Vaccination in Burma 1889-1999 - 1889-1999
Year: 1889
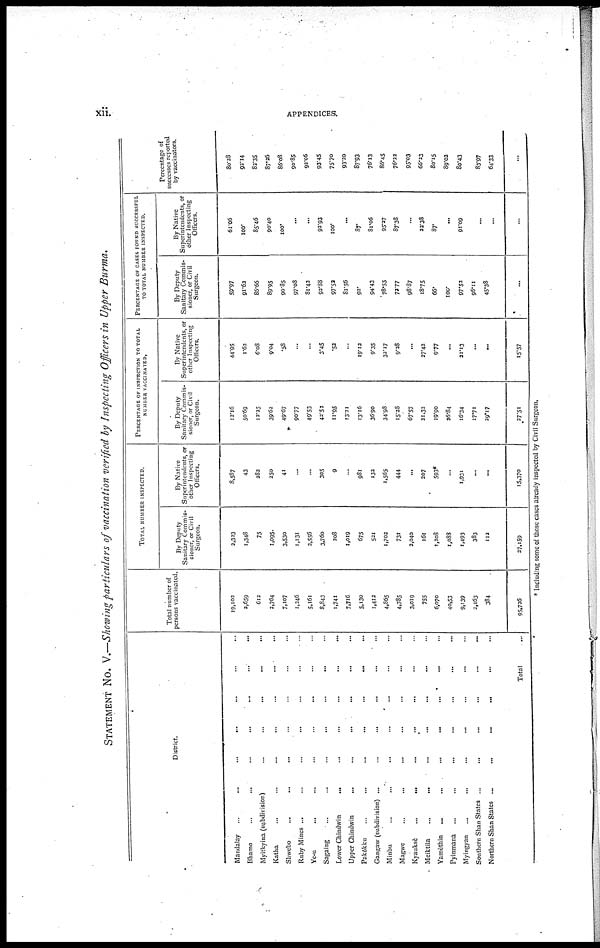
xii.
APPENDICES.
STATEMENT NO. V.—Showing particulars of vaccination verified by Inspecting Officers in Upper Burma.
District.
Mandalay
...
...
...
... ... ... ...
Bhamo
...
...
...
...
...
...
...
Myitkyina (subdivision)
...
...
...
...
...
Katha ... ... ... ... ... ... ...
Shwebo ... ... ... ... ... ... ...
Ruby Mines ... ... ... ... ... ...
Ye-u ... ... ... ... ... ... ...
Sagaing ... ... ... ... ... ... ...
Lower Chindwin
...
...
...
...
...
...
Upper Chindwin
...
...
...
... ... ...
Pakôkku ... ... ... ... ... ... ...
Gangaw (subdivision) ...
...
...
... ... ...
Minbu
...
...
... ... ... ... ...
Magwe
...
...
...
...
...
...
Kyauksè
...
...
...
... ... ... ...
Meiktila
...
...
...
...
...
... ...
Yamèthin
...
...
...
...
... ... ...
Pyinmana ...
...
...
...
...
... ...
Myingyan
...
...
...
...
...
...
Southern Shan States ... ... ... ... ... ...
Northern Shan States ...
...
...
... ... ...
Total ...
Total number of
persons vaccinated.
19,102
2,659
612
2,764
7,107
1,246
5,161
8,843
1,741
7,716
5,130
1,412
4,865
4,785
3,019
755
6,070
40,53
9,139
2,163
384
95,726
TOTAL NUMBER INSPECTED.
By Deputy
Sanitary Commis-
sioner, or Civil
Surgeon.
2,323
1,348
75
1,095
3,530
1,131
2,556
3,760
208
1,019
675
521
1,702
731
2,040
161
1,208
1,088
1,493
383
112
27,159
By Native
Superintendents, or
other Inspecting
Officers.
8,587
43
282
250
41
...
...
305
9
...
981
132
1,565
444
...
207
593*
...
1,931
...
...
15,370
PERCENTAGE OF INSPECTION TO TOTAL
NUMBER VACCINATED.
By Deputy
Sanitary Commis-
sioner, or Civil
Surgeon.
12.16
50.69
12.25
39.62
49.67
90.77
49.53
42.53
11.95
13.21
13.16
36.90
34.98
15.28
67.57
21.32
19.90
26.84
16.34
17.71
29.17
27.51
By Native
Superintendents, or
other Inspecting
Officers.
44.95
1.62
6.08
9.04
.58
...
...
3.45
.52
...
19.12
9.35
32.17
9.28
...
27.42
9.77
...
21.13
...
...
15.57
PERCENTAGE OF CASES FOUND SUCCESSFUL
TO TOTAL NUMBER INSPECTED.
By Deputy
Sanitary Commis-
sioner, or Civil
Surgeon.
59.97
91.62
86.66
89.95
90.85
97.08
81.43
92.88
97.53
81.56
92.
94.43
78.55
72.77
98.87
18.75
66.
100.
97.52
96.11
45.38
...
By Native
Superintendents, or
other Inspecting
Officers.
61.06
100.
85.46
90.40
100.
...
...
93.93
100.
...
87.
81.06
95.37
87.38
...
23.38
87.
...
91.09
...
...
Percentage of
successes reported
by vaccinators.
80.28
92.14
82.35
87.26
86.08
90.85
92.06
93.45
75.70
93.20
87.93
76.13
86.45
76.22
95.03
66.23
80.15
89.02
80.43
83.97
64.33
...
* Including some of those cases already inspected by Civil Surgeon.